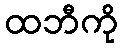
ထဘီကို